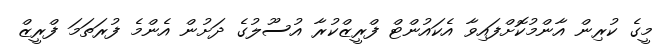
މީގެ ކުރިން އާންމުކޮށްފައިވާ އެކައުންޓް ފްރީޒްކުރާ އުސޫލުގެ ދަށުން އެންމެ ފުރަތަމަ ފްރީޒް